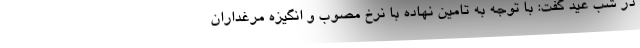
در شب عید گفت: با توجه به تامین نهاده با نرخ مصوب و انگیزه مرغداران